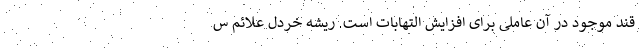
قند موجود در آن عاملی برای افزایش التهابات است. ریشه خردل علائم س